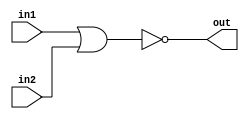
//2022/09/22 
//NOR
module top_module (
    input in1,
    input in2,
    output out);

assign out = ~(in1 | in2);

endmodule